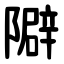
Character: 隦